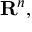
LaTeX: \mathbf { R } ^ { n } ,